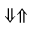
\Downarrow \Uparrow